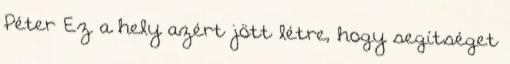
Péter Ez a hely azért jött létre, hogy segítséget